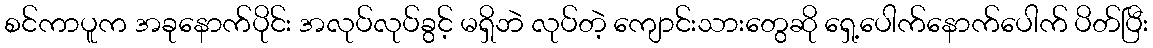
စင်ကာပူက အခုနောက်ပိုင်း အလုပ်လုပ်ခွင့် မရှိဘဲ လုပ်တဲ့ ကျောင်းသားတွေဆို ရှေ့ပေါက်နောက်ပေါက် ပိတ်ပြီး